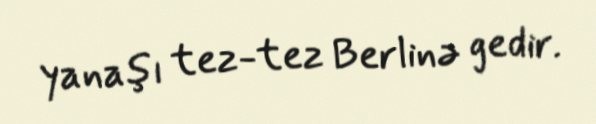
yanaşı tez-tez Berlinə gedir.